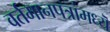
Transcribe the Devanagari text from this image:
वर्तमानपत्रांमध्यॆ